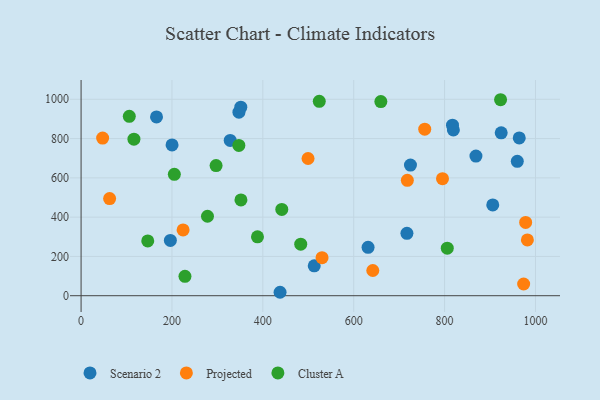
{"axis": {"x": "Distance", "y": "Sales"}, "legend": ["Cluster A", "Projected", "Scenario 2"], "data": [{"x": "819.3", "y": 844.3, "type": "Scenario 2"}, {"x": "513.1", "y": 152.4, "type": "Scenario 2"}, {"x": "328.2", "y": 790.5, "type": "Scenario 2"}, {"x": "906.0", "y": 462.4, "type": "Scenario 2"}, {"x": "964.3", "y": 803.5, "type": "Scenario 2"}, {"x": "717.1", "y": 317.5, "type": "Scenario 2"}, {"x": "724.9", "y": 664.9, "type": "Scenario 2"}, {"x": "817.4", "y": 868.1, "type": "Scenario 2"}, {"x": "924.6", "y": 829.3, "type": "Scenario 2"}, {"x": "631.6", "y": 246.6, "type": "Scenario 2"}, {"x": "437.9", "y": 17.5, "type": "Scenario 2"}, {"x": "347.4", "y": 934.3, "type": "Scenario 2"}, {"x": "869.0", "y": 710.8, "type": "Scenario 2"}, {"x": "196.5", "y": 281.5, "type": "Scenario 2"}, {"x": "351.5", "y": 959.8, "type": "Scenario 2"}, {"x": "960.0", "y": 684.4, "type": "Scenario 2"}, {"x": "166.0", "y": 910.0, "type": "Scenario 2"}, {"x": "200.2", "y": 767.9, "type": "Scenario 2"}, {"x": "756.3", "y": 848.1, "type": "Projected"}, {"x": "978.4", "y": 373.1, "type": "Projected"}, {"x": "795.4", "y": 596.0, "type": "Projected"}, {"x": "499.5", "y": 698.5, "type": "Projected"}, {"x": "982.2", "y": 284.1, "type": "Projected"}, {"x": "224.5", "y": 335.1, "type": "Projected"}, {"x": "974.0", "y": 59.6, "type": "Projected"}, {"x": "47.4", "y": 802.8, "type": "Projected"}, {"x": "62.8", "y": 494.7, "type": "Projected"}, {"x": "530.3", "y": 193.4, "type": "Projected"}, {"x": "642.0", "y": 128.3, "type": "Projected"}, {"x": "718.0", "y": 587.6, "type": "Projected"}, {"x": "805.9", "y": 242.0, "type": "Cluster A"}, {"x": "347.2", "y": 764.9, "type": "Cluster A"}, {"x": "524.2", "y": 989.9, "type": "Cluster A"}, {"x": "297.1", "y": 662.3, "type": "Cluster A"}, {"x": "659.7", "y": 988.3, "type": "Cluster A"}, {"x": "205.2", "y": 618.1, "type": "Cluster A"}, {"x": "146.7", "y": 278.7, "type": "Cluster A"}, {"x": "278.2", "y": 404.6, "type": "Cluster A"}, {"x": "388.2", "y": 300.0, "type": "Cluster A"}, {"x": "228.6", "y": 98.9, "type": "Cluster A"}, {"x": "106.1", "y": 913.1, "type": "Cluster A"}, {"x": "441.7", "y": 439.2, "type": "Cluster A"}, {"x": "351.8", "y": 487.9, "type": "Cluster A"}, {"x": "483.4", "y": 262.4, "type": "Cluster A"}, {"x": "923.2", "y": 997.8, "type": "Cluster A"}, {"x": "116.3", "y": 797.1, "type": "Cluster A"}]}